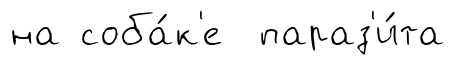
на соба́к'е параз'и́та